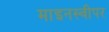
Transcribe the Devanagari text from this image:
माइनस्वीपर